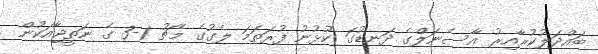
ބައްދަލުކުރާއިރު އާސެނަލްގެ ދަނޑުގަ ކުޅުނު ފުރަތަމަ ލެގުގެ މެޗު 1-3 ގެ ނަތީޖާއަކުން